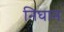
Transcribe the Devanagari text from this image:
निघान